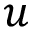
u